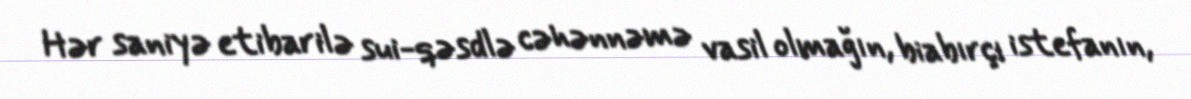
Hər saniyə etibarilə sui-qəsdlə cəhənnəmə vasil olmağın, biabırçı istefanın,